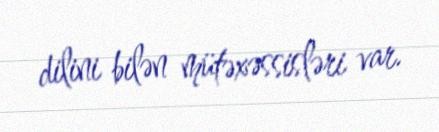
dilini bilən mütəxəssisləri var.